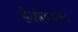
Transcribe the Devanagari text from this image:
होएरिकवाग्गो